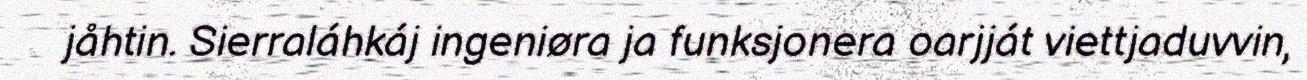
jåhtin. Sierraláhkáj ingeniøra ja funksjonera oarjját viettjaduvvin,